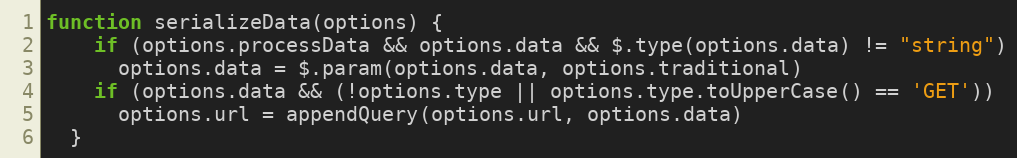
Language: JavaScript
function serializeData(options) {
    if (options.processData && options.data && $.type(options.data) != "string")
      options.data = $.param(options.data, options.traditional)
    if (options.data && (!options.type || options.type.toUpperCase() == 'GET'))
      options.url = appendQuery(options.url, options.data)
  }